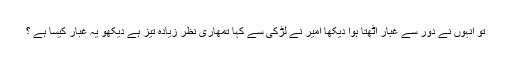
تو انہوں نے دور سے غبار اٹھتا ہوا دیکھا امیر نے لڑکی سے کہا تمھاری نظر زیادہ تیز ہے دیکھو یہ غبار کیسا ہے ؟